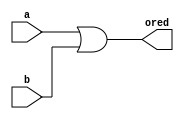
`timescale 1ns / 1ps

module or_mod(
	input [63:0] a, input [63:0] b,
	output [63:0] ored
    );
	
	assign ored = a | b;
endmodule